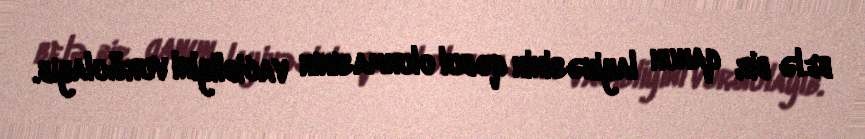
belə bir qanun layihəsinin qəbul olunmasının vacibliyini vurğulayıb.